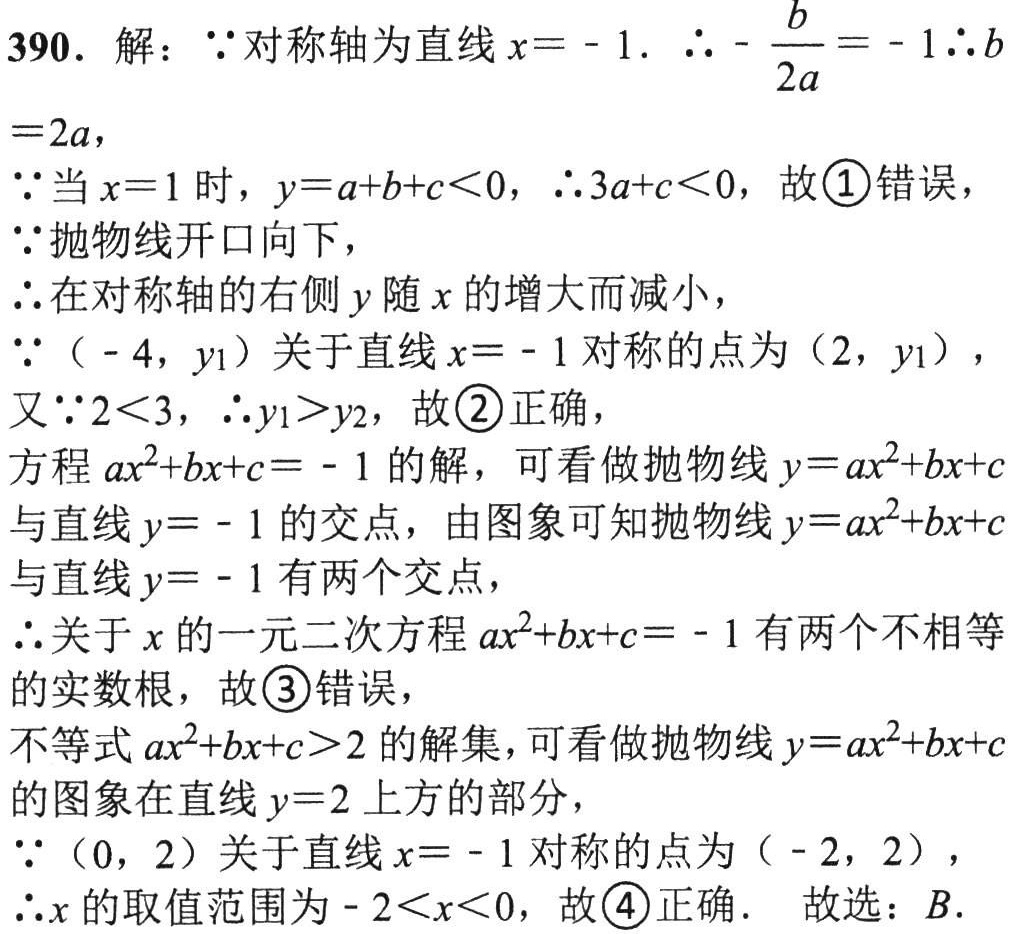
390. 解：$\because$对称轴为直线$x = - 1$. $\therefore - \frac{b}{2a} = - 1\therefore b$

$= 2a$，

$\because$当$x = 1$时，$y = a + b + c<0$，$\therefore 3a + c<0$，故\textcircled{1}错误，

$\because$抛物线开口向下，

$\therefore$在对称轴的右侧$y$随$x$的增大而减小，

$\because(-4,y_{1})$关于直线$x = - 1$对称的点为$(2,y_{1})$，

又$\because 2<3$，$\therefore y_{1}>y_{2}$，故\textcircled{2}正确，

方程$ax^{2}+bx + c = - 1$的解，可看做抛物线$y = ax^{2}+bx + c$

与直线$y = - 1$的交点，由图象可知抛物线$y = ax^{2}+bx + c$

与直线$y = - 1$有两个交点，

$\therefore$关于$x$的一元二次方程$ax^{2}+bx + c = - 1$有两个不相等

的实数根，故\textcircled{3}错误，

不等式$ax^{2}+bx + c>2$的解集，可看做抛物线$y = ax^{2}+bx + c$

的图象在直线$y = 2$上方的部分，

$\because(0,2)$关于直线$x = - 1$对称的点为$(-2,2)$，

$\therefore x$的取值范围为$-2<x<0$，故\textcircled{4}正确. 故选：$B$.